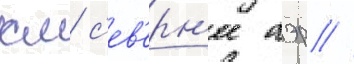
км с'ев'ерн'ее аэр //